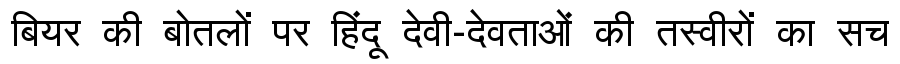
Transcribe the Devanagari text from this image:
बियर की बोतलों पर हिंदू देवी-देवताओं की तस्वीरों का सच